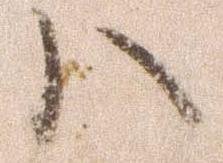
ハ